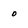
Character: 0